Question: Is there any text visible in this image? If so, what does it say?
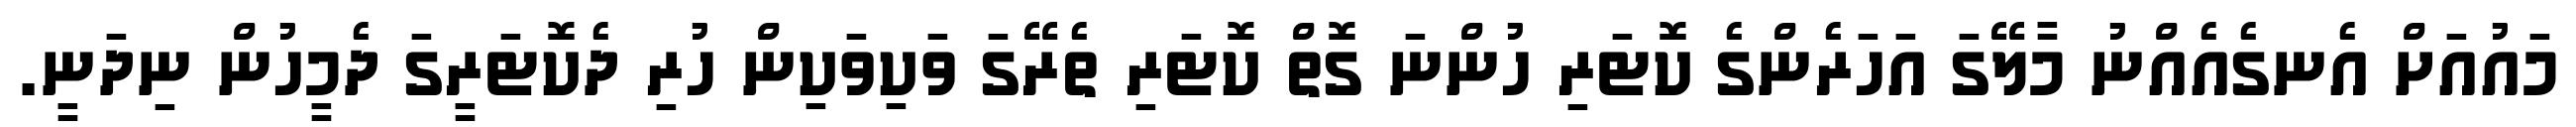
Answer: މައުއަށް އެނގެއެއްނު މާލޭގަ އަހަރެންގެ ކޮޓަރި ހުންނަ ގޮތް ކޮޓަރި ތެރޭގަ ވަކިވަކިން ހުރި ދެކޮޓަރީގަ ދެމީހުން ނިދަނީ.